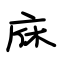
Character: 庥